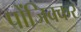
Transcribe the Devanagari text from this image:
पोंजिक्कर